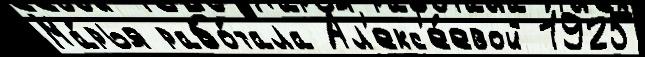
Ма́рья рабо́тала Ал'екс'е́евой 1925